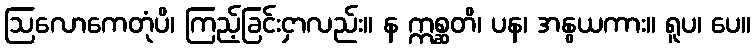
ဩလောကေတုံပိ၊ ကြည့်ခြင်းငှာလည်း။ န ဣစ္ဆတိ၊ ပန၊ အနွယကား။ ရူပ၊ ပေ။